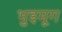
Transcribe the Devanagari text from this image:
भुइमूग